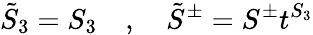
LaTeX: \tilde{S}_{3}=S_{3}\quad,\quad\tilde{S}^{\pm}=S^{\pm}t^{S_{3}}